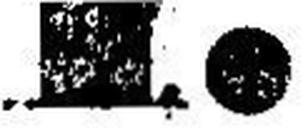
1.